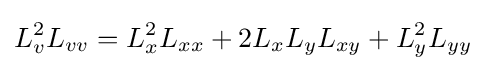
L_{v}^{2}L_{vv}=L_{x}^{2}L_{xx}+2L_{x}L_{y}L_{xy}+L_{y}^{2}L_{yy}